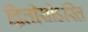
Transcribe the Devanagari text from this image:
द्वितीयोऽस्ति